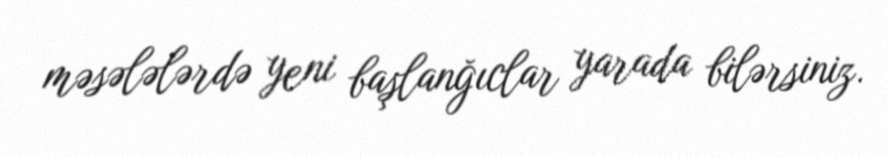
məsələlərdə yeni başlanğıclar yarada bilərsiniz.